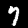
Label: 7